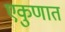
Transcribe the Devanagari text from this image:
एकुणात